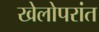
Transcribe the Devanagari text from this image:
खेलोपरांत